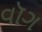
વૉગ